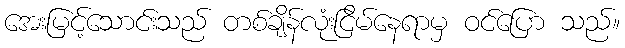
အေးမြင့်သောင်းသည် တစ်ချိန်လုံးငြိမ်နေရာမှ ဝင်ပြော သည်။